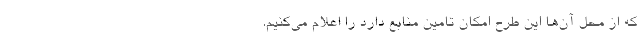
که از محل آن‌ها این طرح امکان تامین منابع دارد را اعلام می‌کنیم.